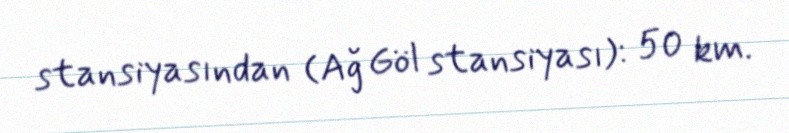
stansiyasından (Ağ Göl stansiyası): 50 km.